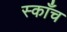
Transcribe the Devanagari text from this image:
स्काँच